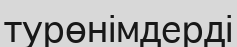
турөнімдерді